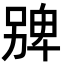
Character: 㗗